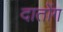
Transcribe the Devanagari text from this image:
दातोंग